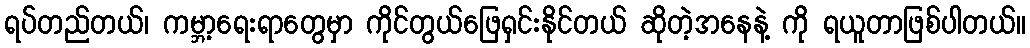
ရပ်တည်တယ်၊ ကမ္ဘာ့ရေးရာတွေမှာ ကိုင်တွယ်ဖြေရှင်းနိုင်တယ် ဆိုတဲ့အနေနဲ့ ကို ရယူတာဖြစ်ပါတယ်။